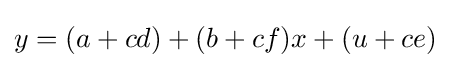
y=(a+cd)+(b+cf)x+(u+ce)